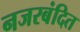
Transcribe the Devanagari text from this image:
नजरबंदित